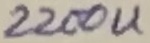
Text: 2200u